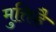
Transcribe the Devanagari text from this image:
मुक्तिहै